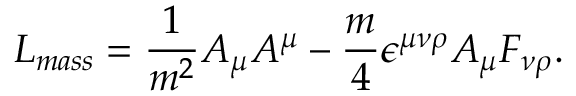
L _ { m a s s } = \frac { 1 } { m ^ { 2 } } A _ { \mu } A ^ { \mu } - \frac { m } { 4 } \epsilon ^ { \mu \nu \rho } A _ { \mu } F _ { \nu \rho } .